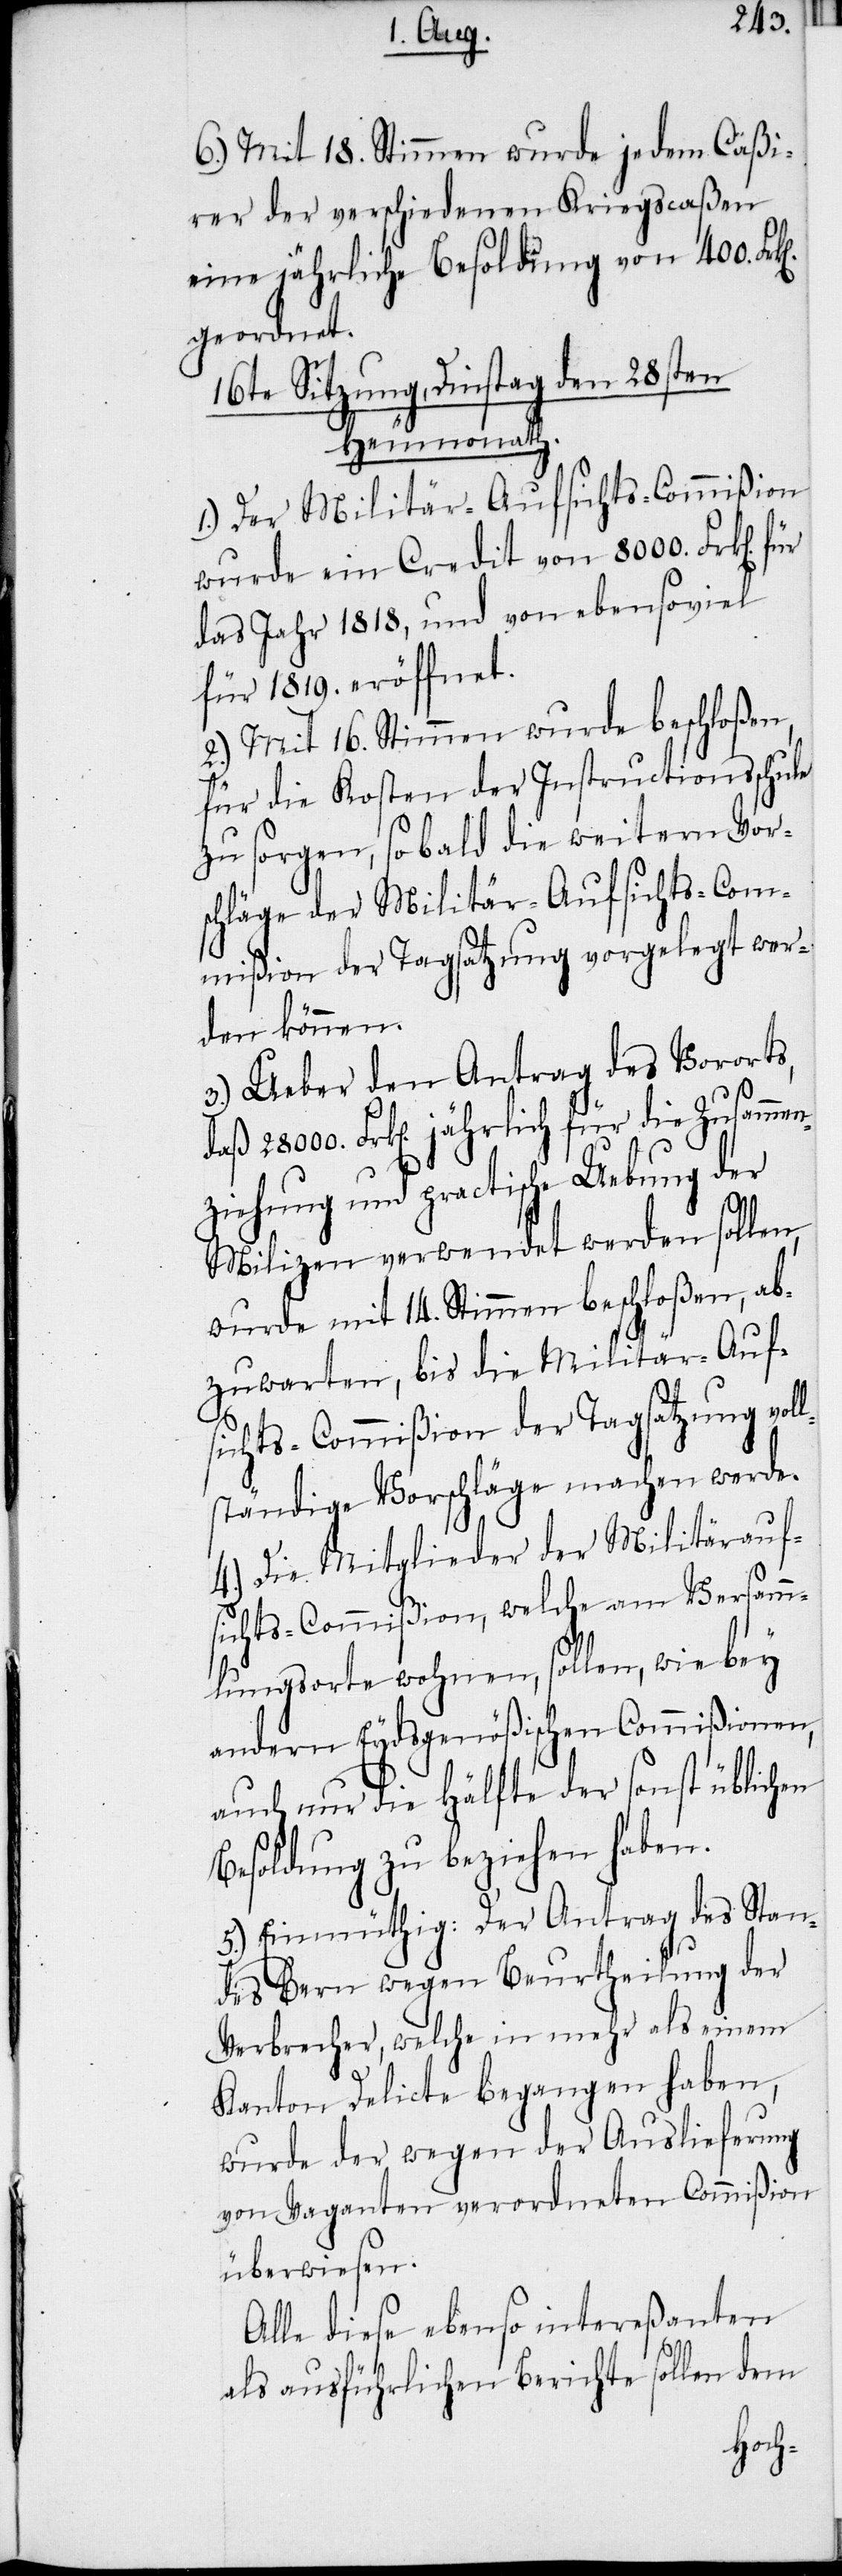
6.) Mit 18. Stimmen wurde jedem Caßi¬
rer der verschiedenen Kriegscaßen
eine jährliche Besoldung von 400.
geordnet.
16te Sitzung, Dinstag den 28sten
Zusammen¬
1.) Der Militär-Aufsichts-Commißion
wurde ein Credit von 8000. Frk[en].
das Jahr 1818, und von ebensoviel
für 1819. eröffnet.
2.) Mit 16. Stimmen wurde beschloßen,
für die Kosten der Instructionsschule
zu sorgen, sobald die weitern Vor¬
schläge der Militär-Aufsichts-Com¬
mißion der Tagsatzung vorgelegt wer¬
den können.
3.) Ueber den Antrag des Vororts,
ziehung und practische Uebung der
Milizen verwendet werden sollen,
wurde mit 14. Stimmen beschloßen, ab¬
zuwarten, bis die Militär-Auf¬
sichts-Commißion der Tagsatzung vol¬
lständige Vorschläge machen werde.
4.) Die Mitglieder der Militäraufs¬
ichts-Commißion, welche am Versamm¬
lungsorte wohnen, sollen, wie bey
andern Eydsgenößischen Commißionen,
auch nur die Hälfte der sonst üblichen
Besoldung zu beziehen haben.
5.) Einmüthig: Der Antrag des Stan¬
des Bern wegen Beurtheilung der
Verbrecher, welche in mehr als einem
Kanton Delicte begangen haben,
wurde der wegen der Auslieferung
von Vaganten verordneten Commißion
überwiesen.
Alle diese ebenso intereßanten
als ausführlichen Berichte sollen dem

28000.